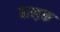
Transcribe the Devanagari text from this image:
बाल़क